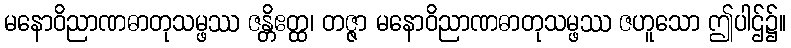
မနောဝိညာဏဓာတုသမ္ဖဿ ဇန္တိဧတ္ထ၊ တဇ္ဇာ မနောဝိညာဏဓာတုသမ္ဖဿ ဇဟူသော ဤပါဌ်၌။